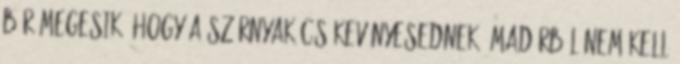
bár megesik, hogy a szárnyak csökevényesednek. Madárból nem kell